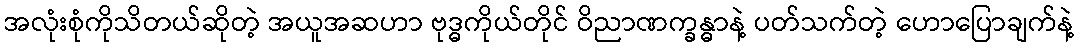
အလုံးစုံကိုသိတယ်ဆိုတဲ့ အယူအဆဟာ ဗုဒ္ဓကိုယ်တိုင် ဝိညာဏက္ခန္ဓာနဲ့ ပတ်သက်တဲ့ ဟောပြောချက်နဲ့